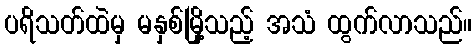
ပရိသတ်ထဲမှ မနှစ်မြို့သည့် အသံ ထွက်လာသည်။